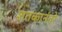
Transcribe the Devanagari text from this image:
शतकानंतरे